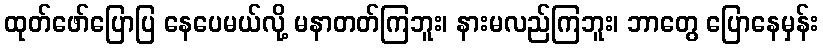
ထုတ်ဖော်ပြောပြ နေပေမယ်လို့ မနာတတ်ကြဘူး၊ နားမလည်ကြဘူး၊ ဘာတွေ ပြောနေမှန်း